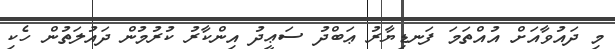
މި ދައުވާއަށް އުއްތަމަ ފަނޑިޔާރު ޢަބްދު ސަޢީދު އިންކާރު ކުރުމުން ދައުލަތުން ހެކި